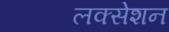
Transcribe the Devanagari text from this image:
लक्सेशन